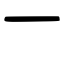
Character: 一